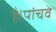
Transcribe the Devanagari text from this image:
है।पांचवे